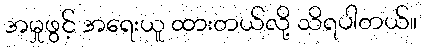
အမှုဖွင့် အရေးယူ ထားတယ်လို့ သိရပါတယ်။